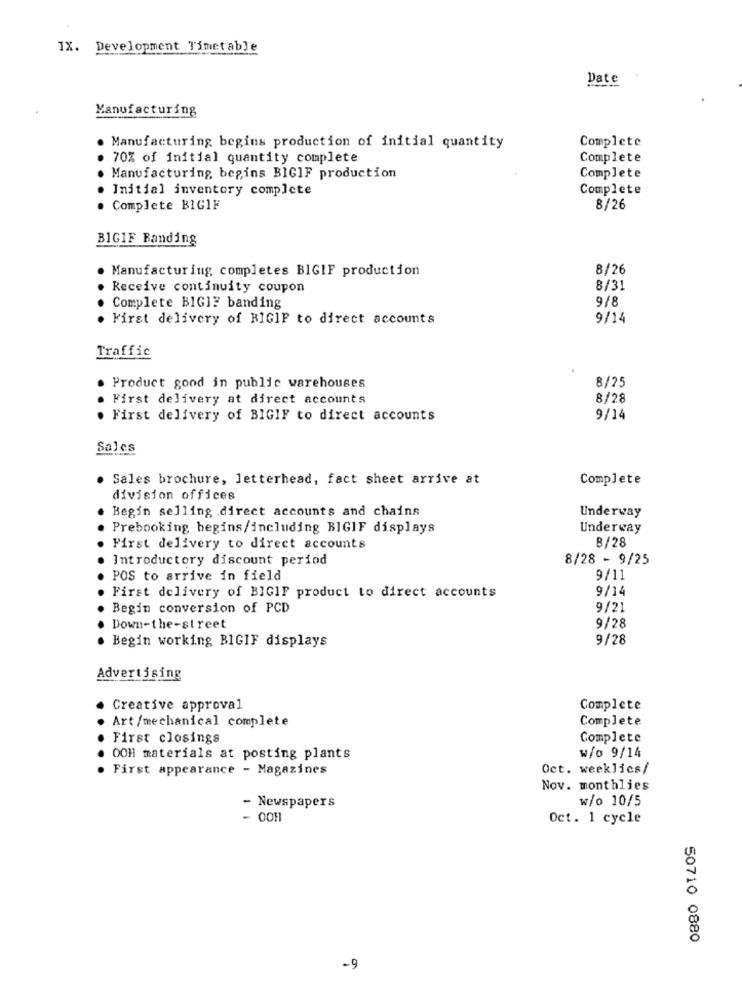
IX. Development Timetable
Date
Manufacturing
Complete
Manufacturing begins production of initial quantity
70% of initial quantity complete
Complete
Manufacturing begins BIGIF production
Complete
Initial inventory complete
Complete
Complete BIGIF
8/26
BIGIF Banding
Manufacturing completes BIGIF production
8/26
Receive continuity coupon
8/31
9/8
Complete BIGIE banding
First delivery of BIGIF to direct accounts
9/14
Traffic
Product good in public warehouses
8/75
First delivery at direct accounts
8/28
. First delivery of BIGIF to direct accounts
9/14
Sales
. Sales brochure, letterhead, fact sheet arrive at
Complete
division offices
Begin selling direct accounts and chains
Underway
Prebooking begins/including BIGIF displays
Underway
8/28
First delivery to direct accounts
Introductory discount period
8/28 - 9/25
POS to arrive in field
9/11
First delivery of BIGIF product to direct accounts
9/14
Begin conversion of PCD
9/21
Down-the-street
9/28
Begin working BIGIF displays
9/28
Advertising
Creative approval
Complete
Complete
Art/mechanical complete
First closings
Complete
00H materials at posting plants
w/o 9/14
First appearance - Magazines
Oct. weeklics/
Nov. monthlies
w/o 10/5
- Newspapers
- OOH
Oct. 1 cycle
50710 0880
-9